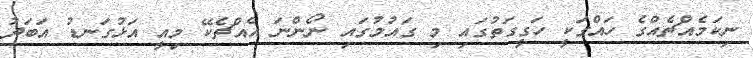
ނިކަމެއްޗެއްގެ ހައްގަކީ ހަގީގަތުގައި މި ގައުމުގައި ނޯންނަ އެއްޗެކޭ މިއީ އަޅުގަނޑު އަބަދު